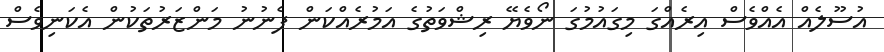
އުސޫލެއް އެއްވެސް އިރެއްގަ މިގައުމުގަ ނޯވެޔޭ ރިޝްވަތުގެ އަމުރެއްކަން ފެނުނު މަންޒަރުތަކުން އެކަނިވެސް